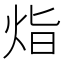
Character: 𭴛